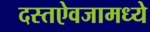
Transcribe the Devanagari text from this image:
दस्तऐवजामध्ये